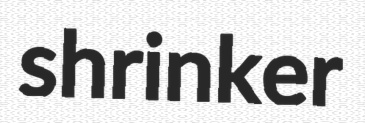
shrinker